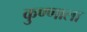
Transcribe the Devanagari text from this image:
कुण्णाला